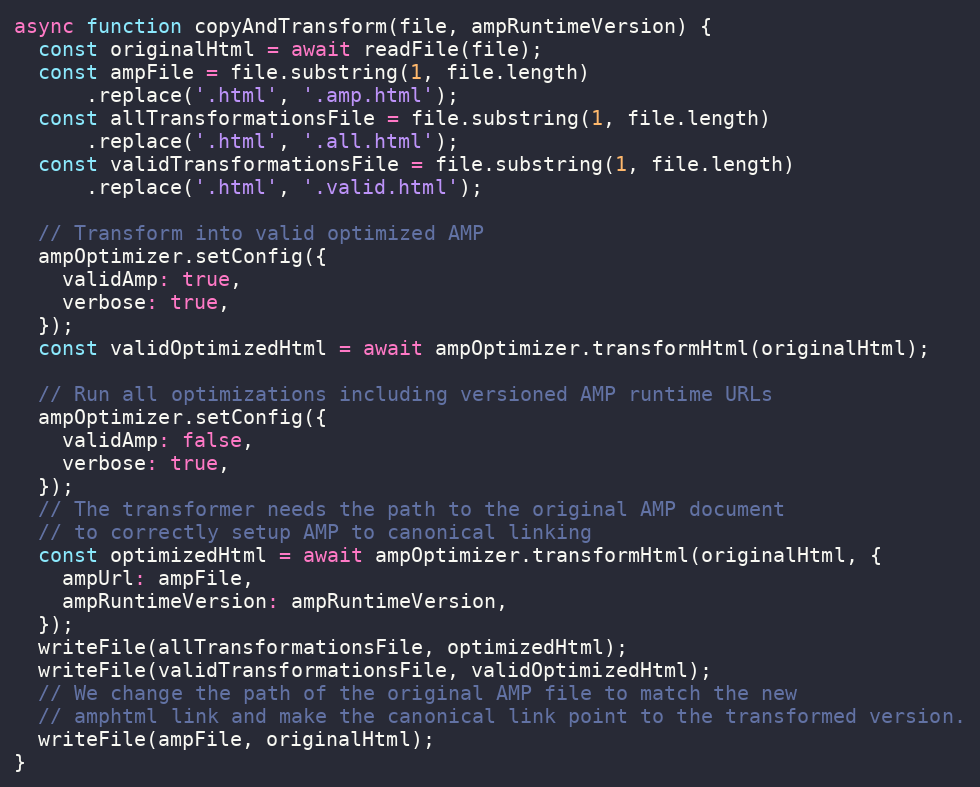
Language: JavaScript
async function copyAndTransform(file, ampRuntimeVersion) {
  const originalHtml = await readFile(file);
  const ampFile = file.substring(1, file.length)
      .replace('.html', '.amp.html');
  const allTransformationsFile = file.substring(1, file.length)
      .replace('.html', '.all.html');
  const validTransformationsFile = file.substring(1, file.length)
      .replace('.html', '.valid.html');

  // Transform into valid optimized AMP
  ampOptimizer.setConfig({
    validAmp: true,
    verbose: true,
  });
  const validOptimizedHtml = await ampOptimizer.transformHtml(originalHtml);

  // Run all optimizations including versioned AMP runtime URLs
  ampOptimizer.setConfig({
    validAmp: false,
    verbose: true,
  });
  // The transformer needs the path to the original AMP document
  // to correctly setup AMP to canonical linking
  const optimizedHtml = await ampOptimizer.transformHtml(originalHtml, {
    ampUrl: ampFile,
    ampRuntimeVersion: ampRuntimeVersion,
  });
  writeFile(allTransformationsFile, optimizedHtml);
  writeFile(validTransformationsFile, validOptimizedHtml);
  // We change the path of the original AMP file to match the new
  // amphtml link and make the canonical link point to the transformed version.
  writeFile(ampFile, originalHtml);
}